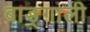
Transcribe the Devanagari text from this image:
बाङ्गाली